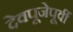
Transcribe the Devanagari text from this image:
देवपूजेपूर्वी